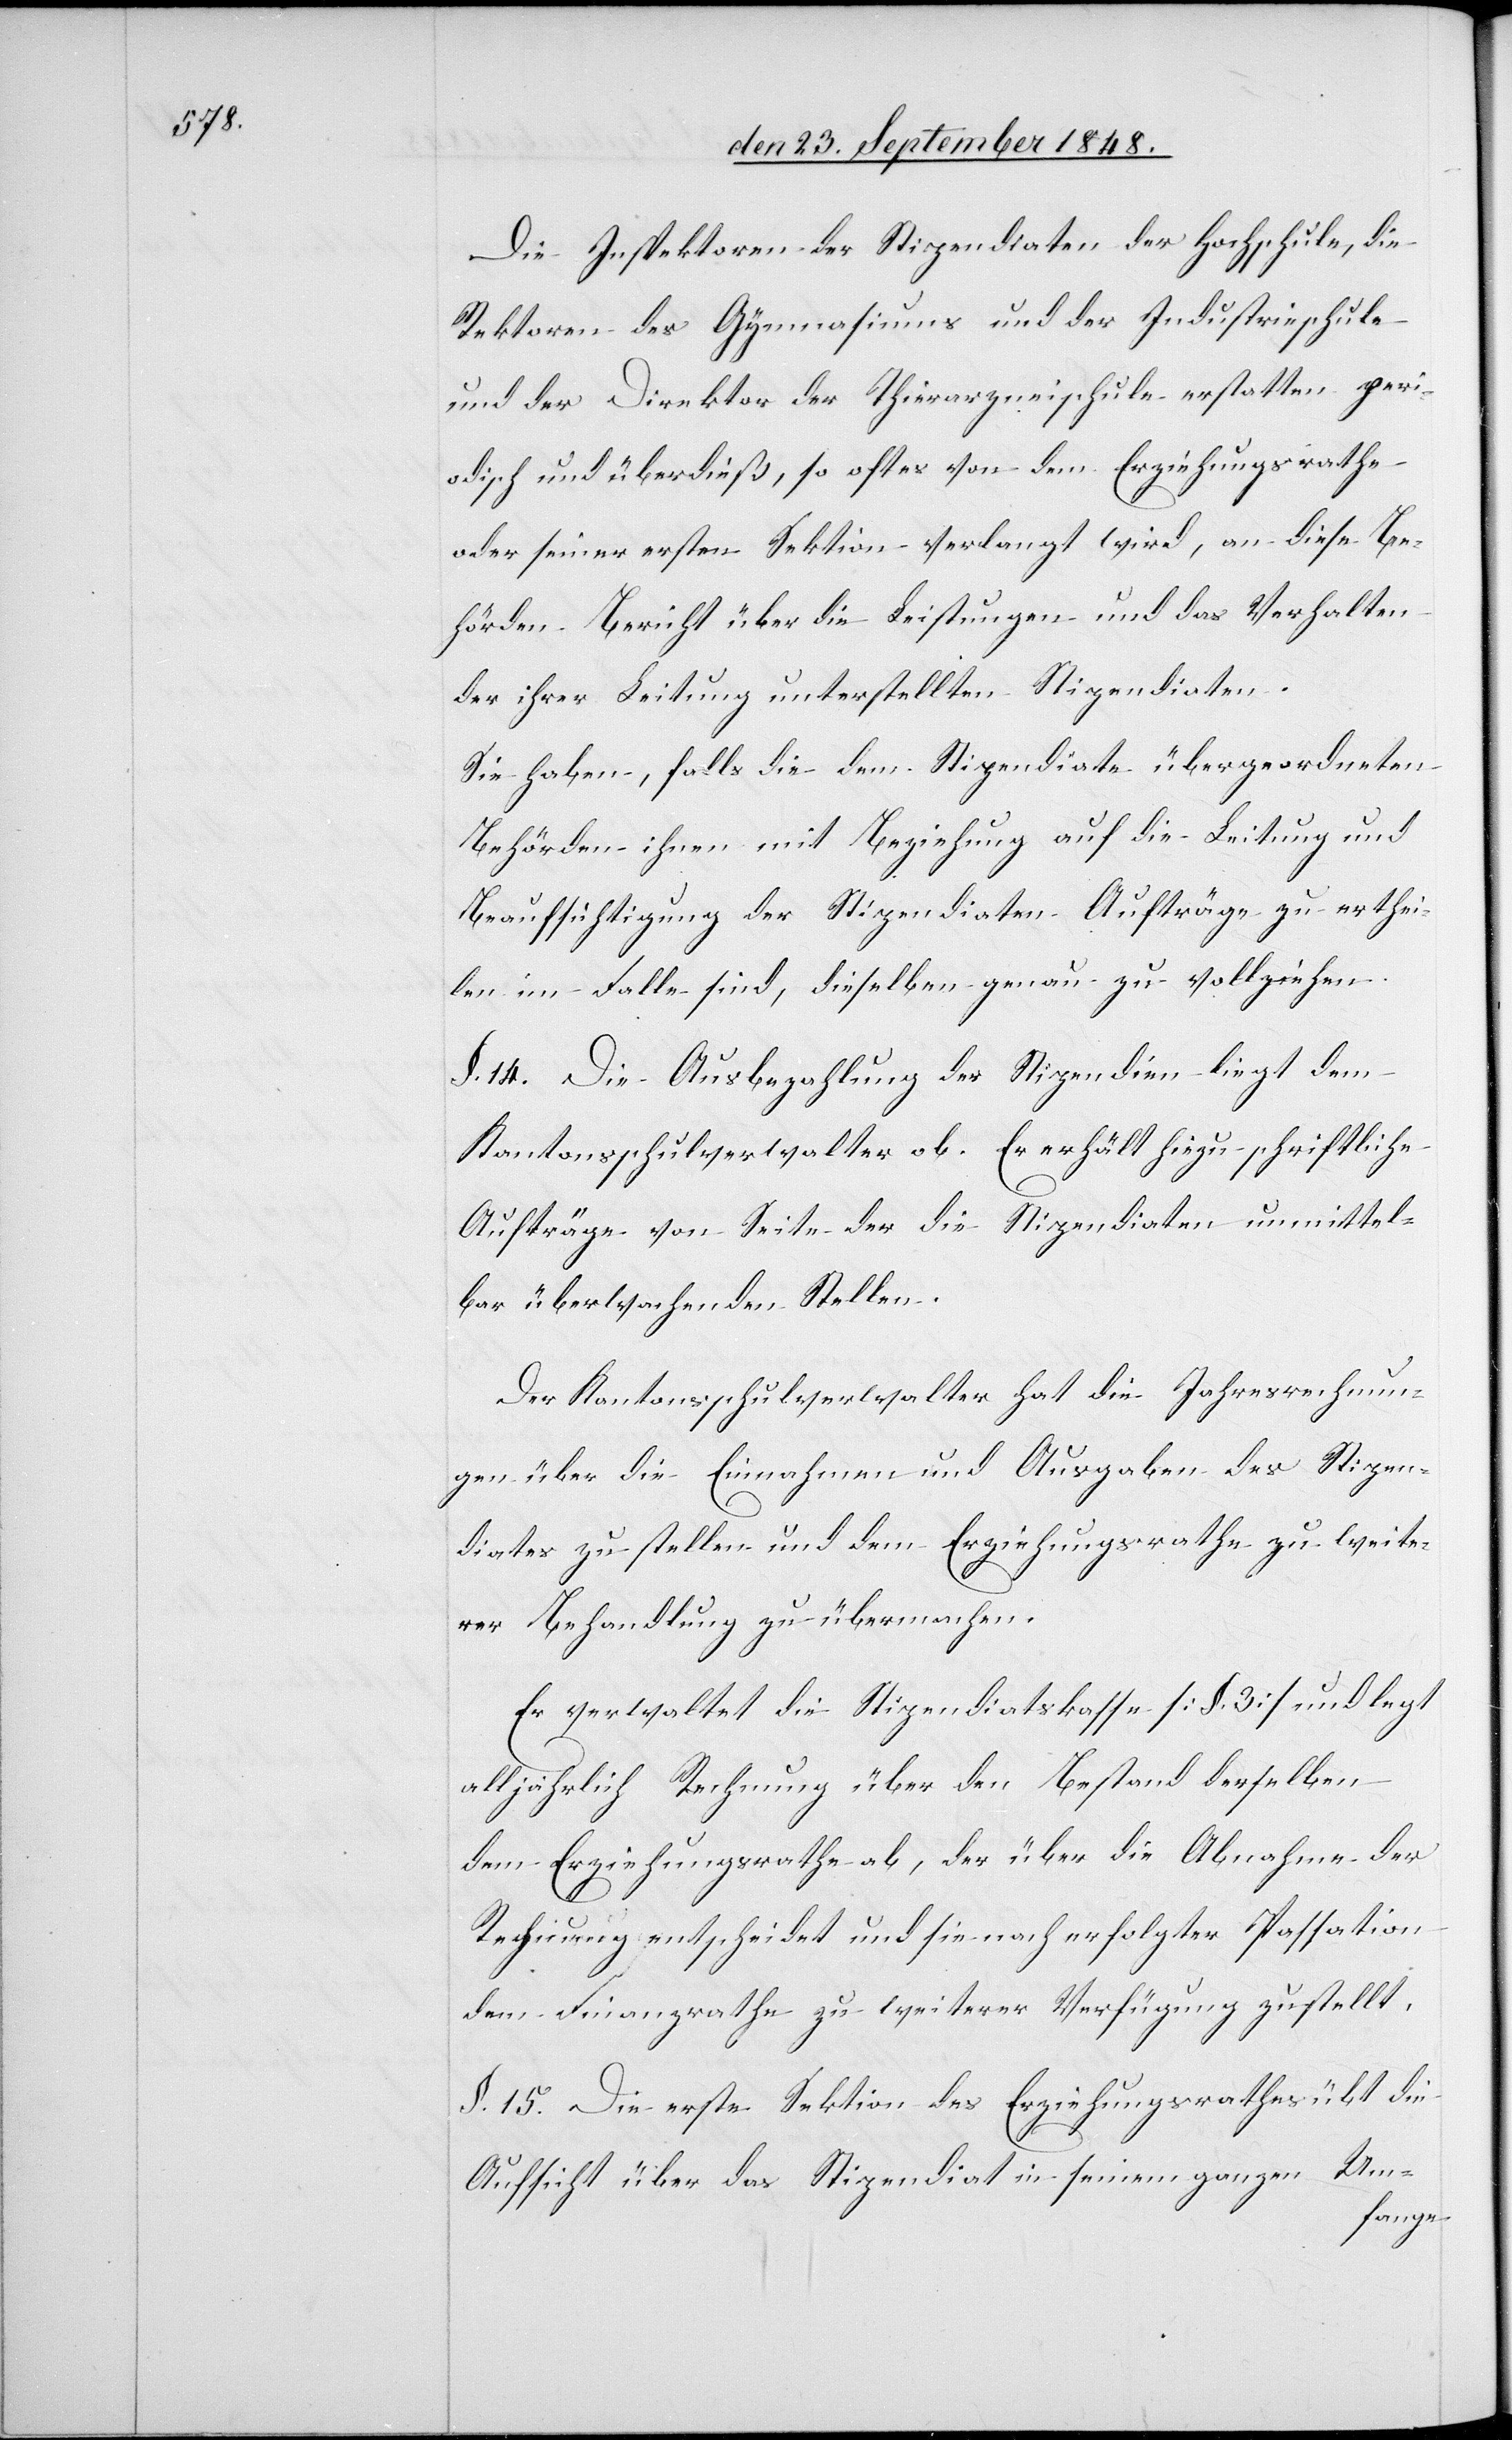
Die Inspektoren der Stipendiaten der Hochschule, die
Rektoren des Gymnasiums und der Industrieschule
und der Direktor der Thierarzneischule erstatten peri¬
odisch und überdieß, so oft es von dem Erziehungsrathe
oder seiner ersten Sektion verlangt wird, an diese Be¬
hörden Bericht über die Leistungen und das Verhalten
der ihrer Leitung unterstellten Stipendiaten.
Sie haben, falls die dem Stipendiate übergeordneten
Behröden ihnen mit Beziehung auf die Leitung und
Beaufsichtigung der Stipendiaten Aufträge zu erthei¬
len im Falle sind, dieselben genau zu vollziehen.
§. 14. Die Ausbezahlung der Stipendien liegt dem
Kantonsschulverwalter ob. Er erhält hiezu schriftliche
Aufträge von Seite der die Stipendiaten unmittel¬
bar überwachenden Stellen.
Der Kantonsschulverwalter hat die Jahresrechnun¬
gen über die Einnahmen und Ausgaben des Stipen¬
diates zu stellen und dem Erziehungsrathe zu weite¬
rer Behandlung zu übermachen.
Er verwaltet die Stipendiatskasse [§. 3.] und legt
alljährlich Rechnung über den Bestand derselben
dem Erziehungsrathe ob, der über die Abnahme der
Rechnung entscheidet und sie nach erfolgter Passation
dem Finanzrathe zu weiterer Verfügung zustellt.
§. 15. Die erste Sektion des Erziehungsrathes übt die
Um-
Aufsicht über das Stipendiat in seinem ganzen